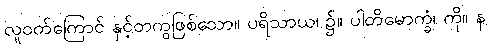
လူဝတ်ကြောင် နှင့်တကွဖြစ်သော။ ပရိသာယ၊ ၌။ ပါတိမောက္ခံ၊ ကို။ န